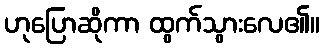
ဟုပြောဆိုကာ ထွက်သွားလေ၏။